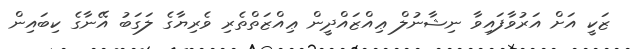
ޒަކީ އަށް އަރުވާފައިވާ ނިޝާނުލް ޢިއްޒައްދީން ޢިއްޒަތްތެރި ވެރިޔާގެ ލަގަބު އޭނާގެ ކިބައިން